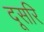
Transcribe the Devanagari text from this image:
दूसरि